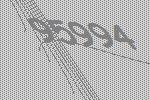
95994